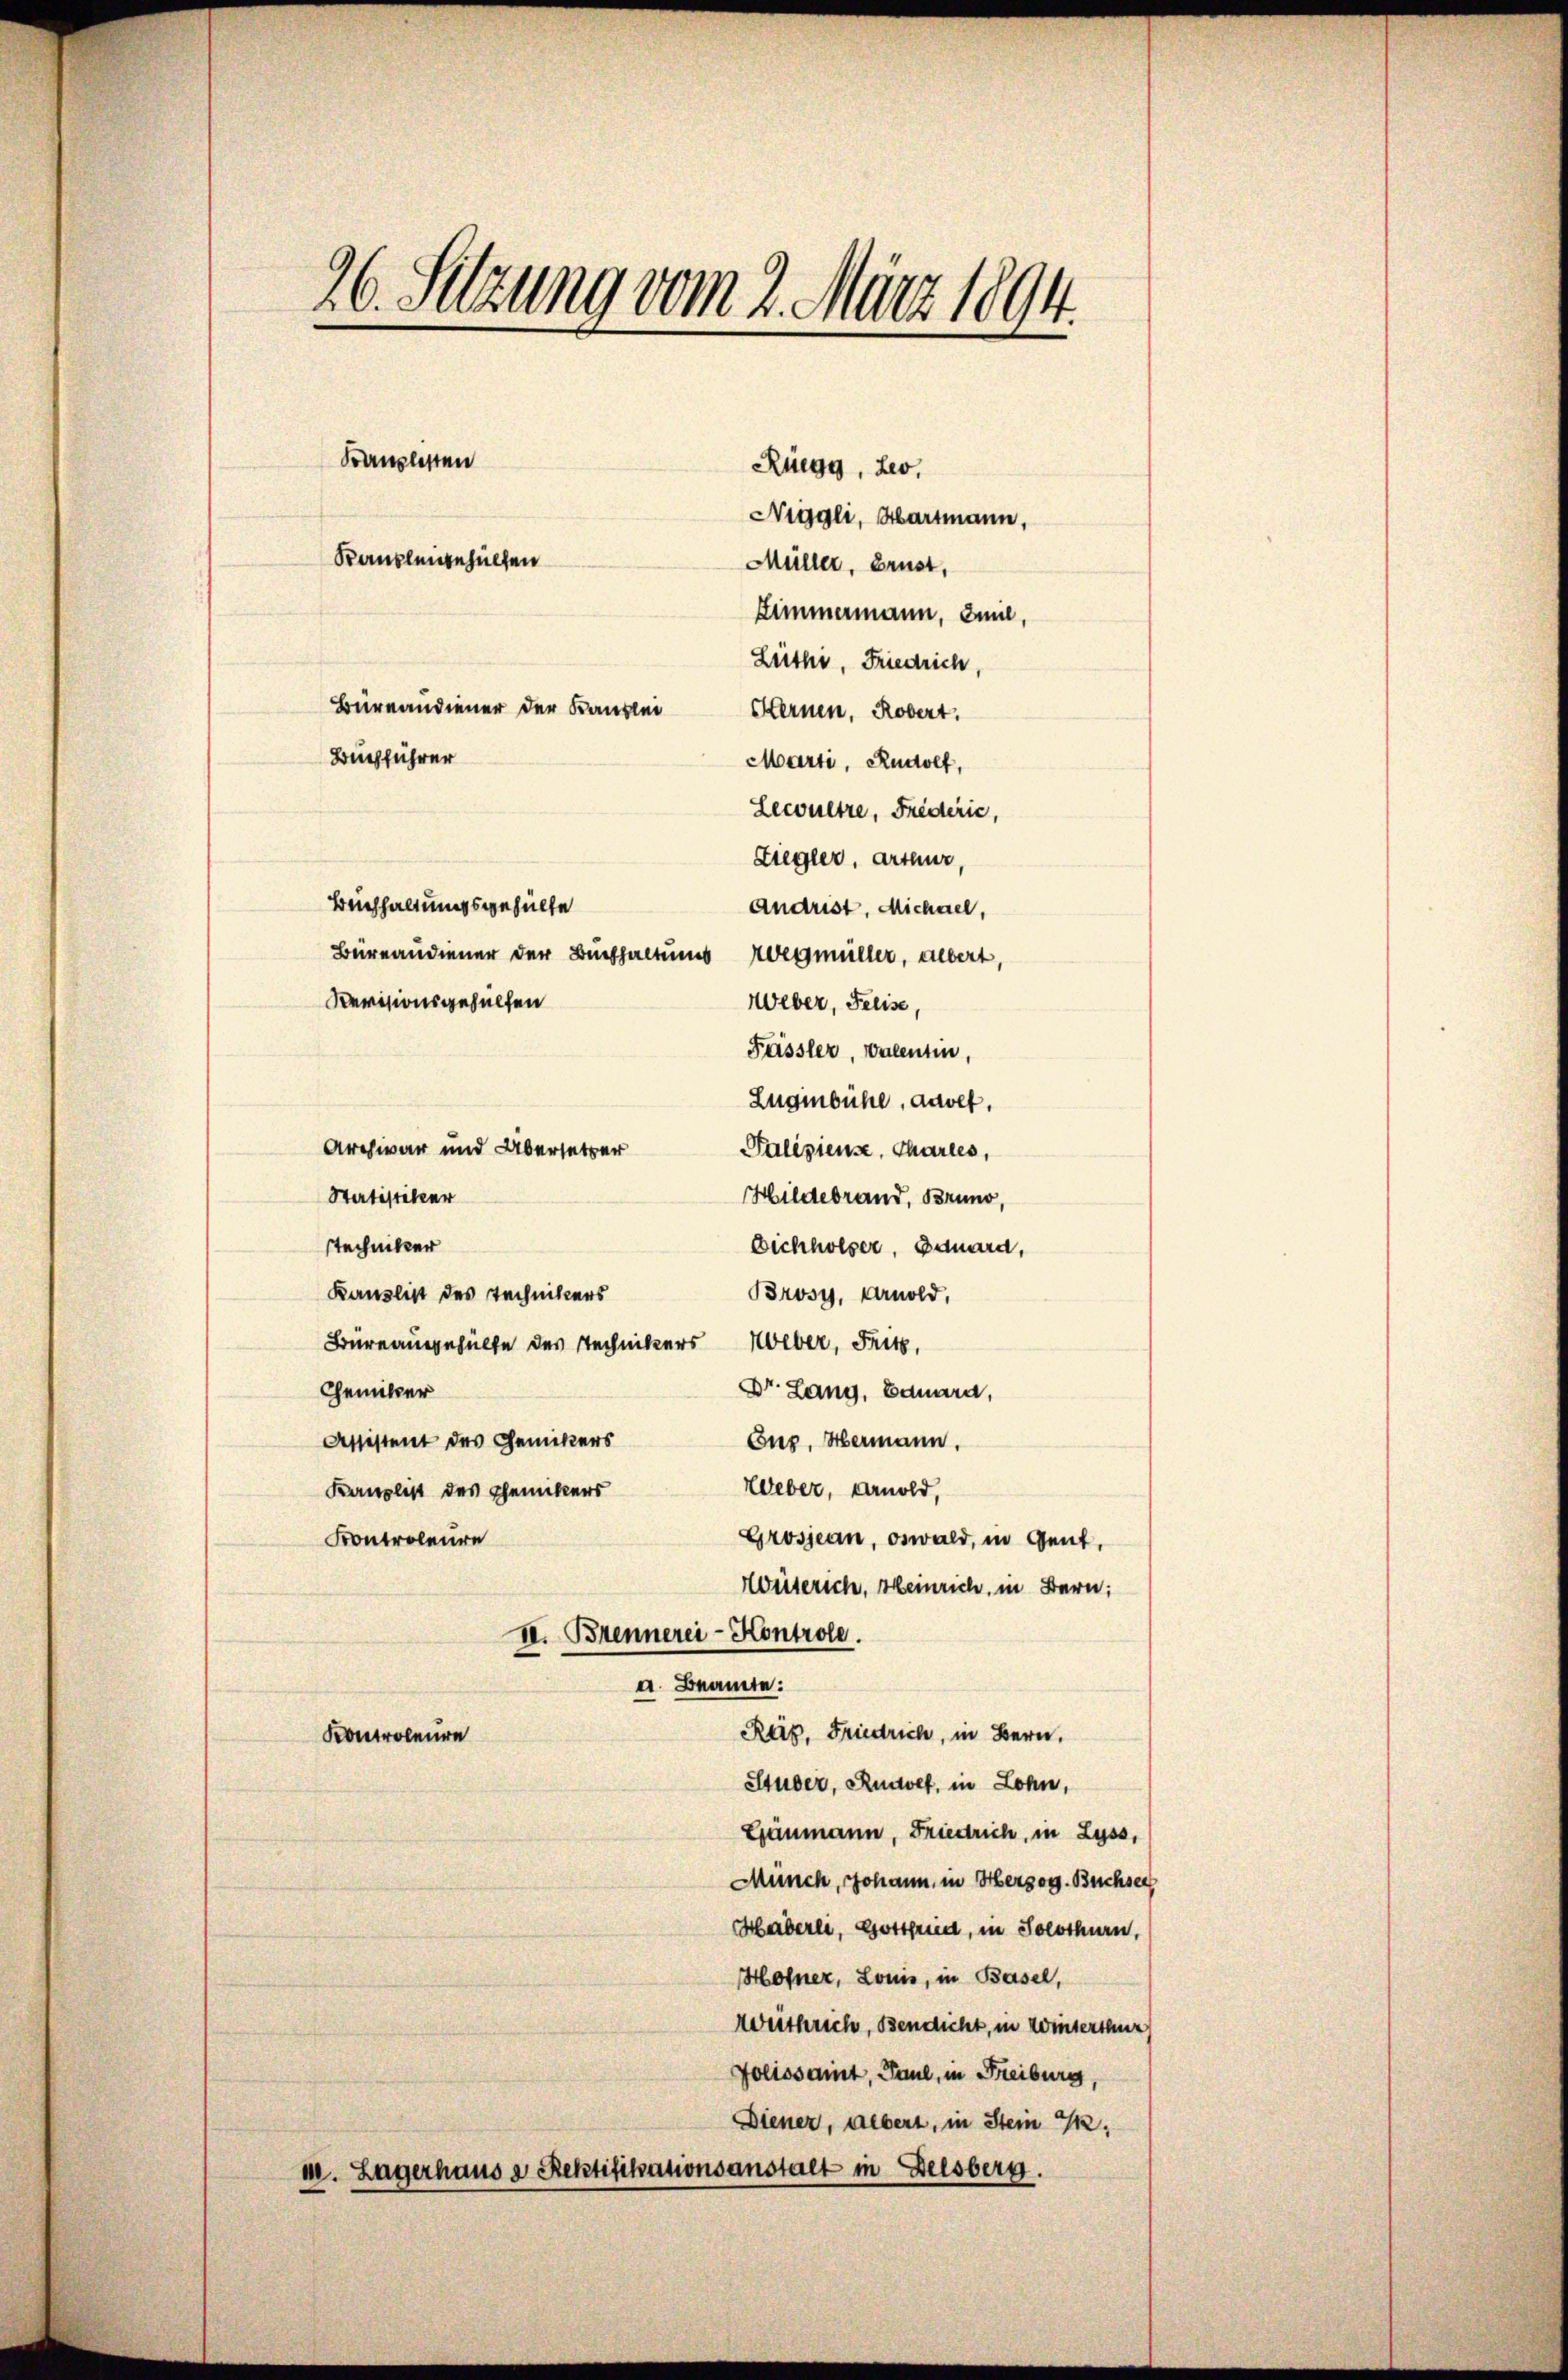
26. Setzung vom 2. März 1894.
Kanzlisten
Rüegg, Leo.
Niggli, Hartmann,
Kanzleigehülfen
Müller, Brust,
Zimmermann, Emil,
Züthi, Friedrich
Bureandiener der Kanzlei Sternen, Robert.
Bugführer
Marti, Rudolf,
Lewultre, Friderić,

Ziegler, Arthur,
Buchhaltungsgehülfe
Andrist. Michael,
Revisionsgehülfen
Weber, Feeise,
Füssler, Valentin,
Zugenbühl, dasel,
Archivar und Übersetzer
Paliziense Chartes,
Hildebrand, Bruno,
Statistiker
stechniker
Eichhölzer, Bauara,
Kauslist des Technikers
Brosy, Arnold,
Büreausgehülfe des Technikers Weber, Fritz,
Dr. Lang, Eduard,
Chemiker
Assistent des Genikers
Eus. Hermann.
Weber, Arnold,
Kanzlist des Chemikers
Kontroleure
Grosjean, obwald, in Gent,
Wüserich, Heinrich, in Bern;
II. Brennerei Kontrole.
a. Beamte:
Reg. Friedrich, in Bern,
Kontroleure
Studer, Rudolf, in Lohn,
Gänmann, Friedrich, in Lyss,
Münch, Johann, in Herzog. Buchser
Häberle, Gottfried, in Solothurn,
Hofner, Louis, in Basel,
Weitsrich, Bendicht, in Winterthur
Foliosamt, Paul, in Freiburg,
Diener, Albert, in Stein G.
m. Lagerhaus a Rektifikationsanstalt in Delsberg.

Bureaudiener der Buchhaltungs Wegmüller, albert,